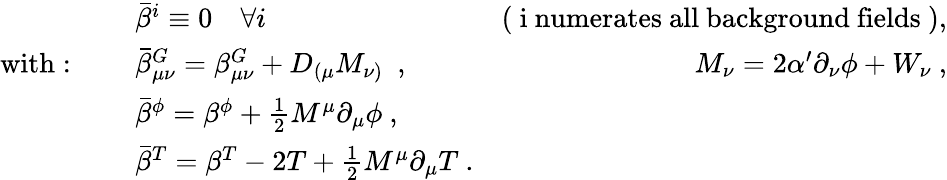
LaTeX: \begin{array}{llr}{{}}&{{\bar{\beta}^{i}\equiv 0\ \ \ \ \forall i\ \ }}&{{\mathrm{(~i~numerates~all~background~fields~)},}}\\ {{\mathrm{with}:\ \ \ \ }}&{{\bar{\beta}_{\mu\nu}^{G}=\beta_{\mu\nu}^{G}+D_{(\mu}M_{\nu)}\ \ ,\ \ }}&{{M_{\nu}=2\alpha^{\prime}\partial_{\nu}\phi+W_{\nu}\ ,}}\\ {{}}&{{\bar{\beta}^{\phi}=\beta^{\phi}+\frac{1}{2}M^{\mu}\partial_{\mu}\phi\ ,}}&{{}}\\ {{}}&{{\bar{\beta}^{T}=\beta^{T}-2T+\frac{1}{2}M^{\mu}\partial_{\mu}T\ .}}&{{}}\end{array}